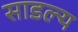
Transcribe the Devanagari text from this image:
साडल्य